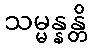
သမ္မန္နန္တိ